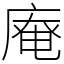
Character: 𢊊